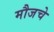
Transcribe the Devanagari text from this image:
मौजचे